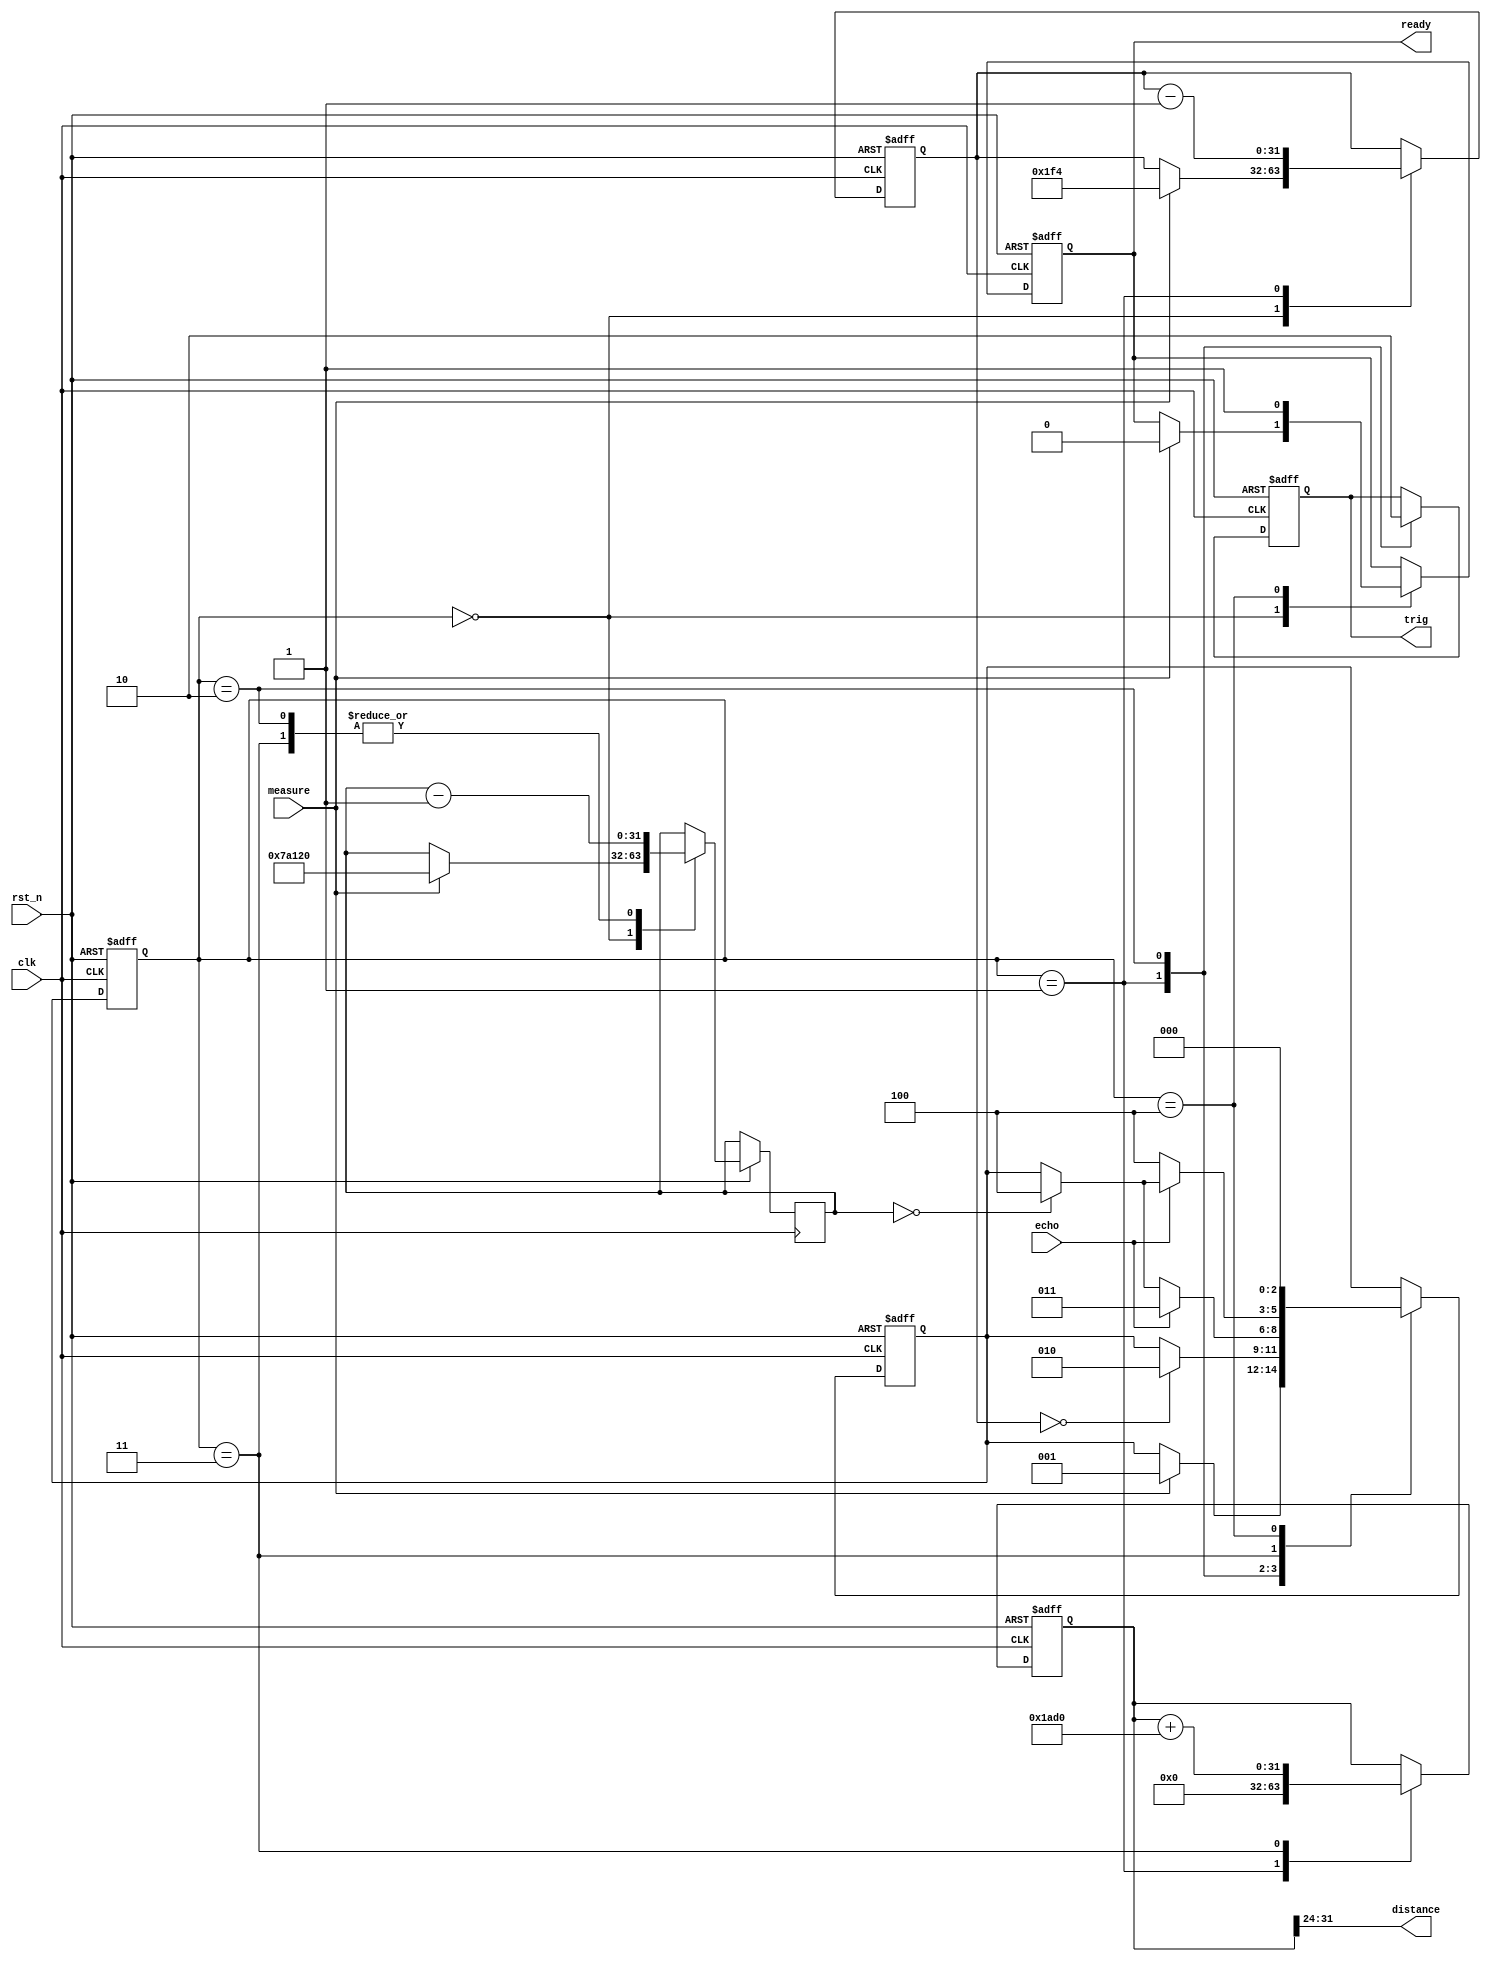
module sonar_driver #(parameter freq = 50_000_000) (
        input  wire      clk,
        input  wire      rst_n,
        input  wire      measure,
        output reg       ready      = 1,
        output wire[7:0] distance,

        // to HC-SR04
        input  wire      echo,
        output reg       trig       = 0
    );

    parameter CYCLES_10_US = freq / 100_000;
    parameter CYCLE_PERIOD = 1_000_000_000 / freq;              // in ns
    parameter SOUND_SPEED  = 343210;                            // nm/us
    parameter NM_PER_CYCLE = SOUND_SPEED * CYCLE_PERIOD / 1000; // Sound speed = 343.21 m/s.
    parameter ECHO_TIMEOUT = freq / 100;                        // 10 ms TO fro ECHO signal

    parameter TIMEOUT      = freq;

    // INTERNAL REGISTERS
    reg[31:0] counter = 0;
    reg[31:0] timeout = 0;
    reg[31:0] i_dist  = 0;

    reg[2:0]    state      = 0;
    reg[2:0]    next_state = 0;
    parameter   IDLE       = 3'h0;
    parameter   TRIG       = 3'h1;
    parameter   WAIT_ECHO  = 3'h2;
    parameter   MEASURING  = 3'h3;
    parameter   READY      = 3'h4;

    assign distance = i_dist[31:24];

    // Assign new state logic
    always @(posedge clk or negedge rst_n) begin
        if (~rst_n) begin
            state = IDLE;
        end else begin
            state = next_state;
        end
    end

    // Next state logic
    always @(posedge clk or negedge rst_n) begin
        if (~rst_n) begin
            next_state = IDLE;
        end else begin
            case (state)
                IDLE: begin
                    if (measure == 1) begin
                        next_state  = TRIG;
                    end
                end
                TRIG: begin
                    if (counter == 0) begin
                        next_state = WAIT_ECHO;
                    end
                end
                WAIT_ECHO: begin
                    if (echo == 1) begin
                        next_state = MEASURING;
                    end else if (timeout == 0) begin
                        next_state = READY;
                    end
                end
                MEASURING: begin
                    if (echo == 0) begin
                        next_state = READY;
                    end else if (timeout == 0) begin
                        next_state = READY;
                    end
                end
                READY: begin
                    next_state = IDLE;
                end
            endcase
        end
    end

    // Outputs logic
    always @(posedge clk or negedge rst_n) begin
        if (~rst_n) begin
            trig    = 0;
            i_dist  = 0;
            ready   = 1;
            counter = 0;
        end else begin
            case (state)
                IDLE: begin
                    if (measure == 1) begin
                        ready   = 0;
                        counter = CYCLES_10_US;
                        timeout = ECHO_TIMEOUT;
                    end
                end
                TRIG: begin
                    i_dist  = 0;
                    trig    = 1;
                    counter = counter - 1;
                end
                WAIT_ECHO: begin
                    timeout = timeout - 1;
                    trig    = 0;
                end
                MEASURING: begin
                    timeout = timeout - 1;
                    i_dist = i_dist + NM_PER_CYCLE;
                end
                READY: begin
                    ready = 1;
                end
            endcase
        end
    end
endmodule